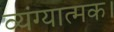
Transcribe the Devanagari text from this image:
व्यंग्यात्मक।